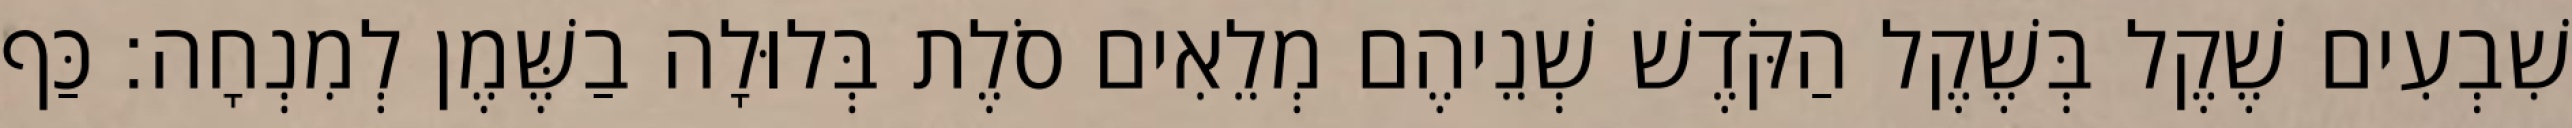
שִׁבְעִים שֶׁקֶל בְּשֶׁקֶל הַקֹּדֶשׁ שְׁנֵיהֶם מְלֵאִים סֹלֶת בְּלוּלָה בַשֶּׁמֶן לְמִנְחָה׃ כַּף